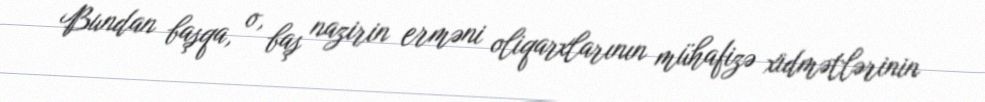
Bundan başqa, o, baş nazirin erməni oliqarxlarının mühafizə xidmətlərinin